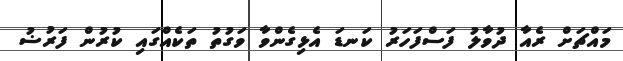
މައްޗަށް ރެއާ ދުވާލު ފަސްފަހަރު ކަނޑަ އެޅިގެންވާ ވަގުތު ތަކެއްގައި ކުރުން ފަރުޟު